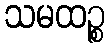
သမထဉ္စ